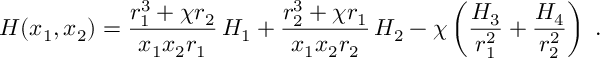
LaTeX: H ( x _ { 1 } , x _ { 2 } ) = \frac { r _ { 1 } ^ { 3 } + \chi r _ { 2 } } { x _ { 1 } x _ { 2 } r _ { 1 } } \, H _ { 1 } + \frac { r _ { 2 } ^ { 3 } + \chi r _ { 1 } } { x _ { 1 } x _ { 2 } r _ { 2 } } \, H _ { 2 } - \chi \left( \frac { H _ { 3 } } { r _ { 1 } ^ { 2 } } + \frac { H _ { 4 } } { r _ { 2 } ^ { 2 } } \right) \; .